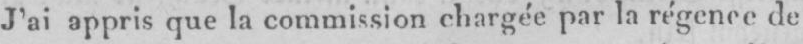
J’ai appris que la commission chargée par la régence de